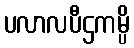
ပလာလပီဌကမ္ပိ